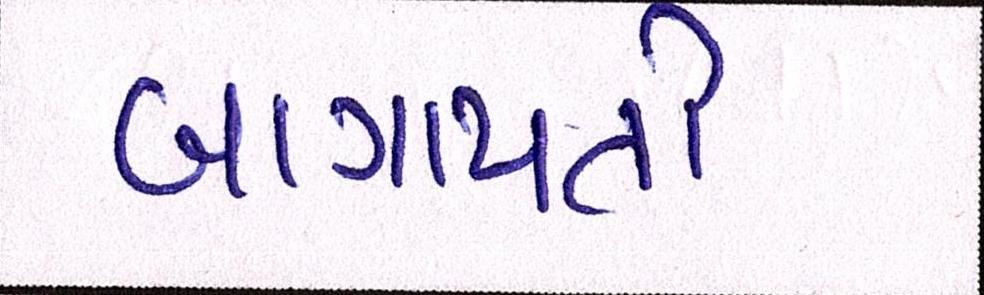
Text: બાગાયતી